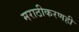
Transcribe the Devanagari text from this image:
मराठीकरणही